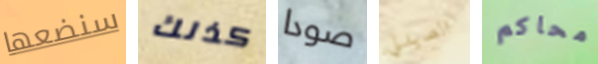
سنضعها كذلك صودا الصيدلي محاكم